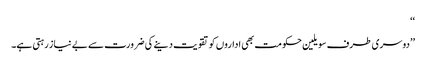
‘‘
’’دوسری طرف سویلین حکومت بھی اداروں کو تقویت دینے کی ضرورت سے بے نیاز رہتی ہے۔